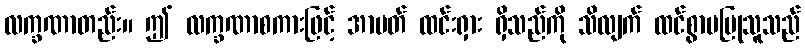
လက္ခဏာတည်း။ ဤ လက္ခဏာစကားဖြင့် အာပတ် ထင်းရှား ရှိသည်ကို သိလျက် ထင်စွာမပြုသူသည်